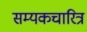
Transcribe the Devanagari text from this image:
सम्यकचारित्र